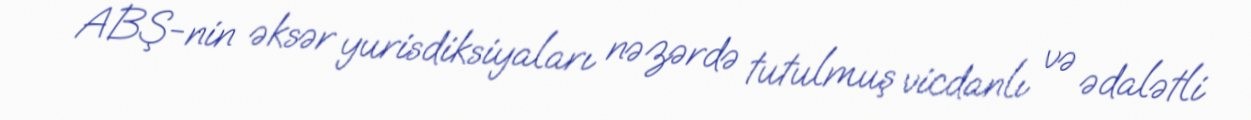
ABŞ-nin əksər yurisdiksiyaları nəzərdə tutulmuş vicdanlı və ədalətli